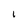
Character: I